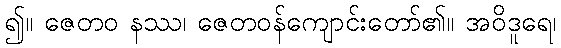
၍။ ဇေတဝ နဿ၊ ဇေတဝန်ကျောင်းတော်၏။ အဝိဒူရေ၊